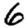
Digit: 6